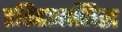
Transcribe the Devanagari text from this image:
इतिहाससिद्ध